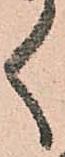
く